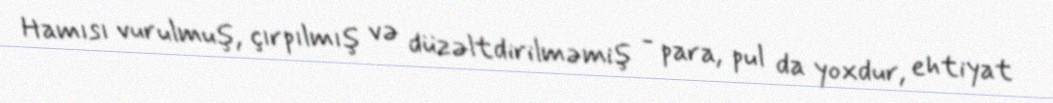
Hamısı vurulmuş, çırpılmış və düzəltdirilməmiş - para, pul da yoxdur, ehtiyat